65_HS1-834228961_62-HQ-83894_Section_8
Agency: FBI
Page 13
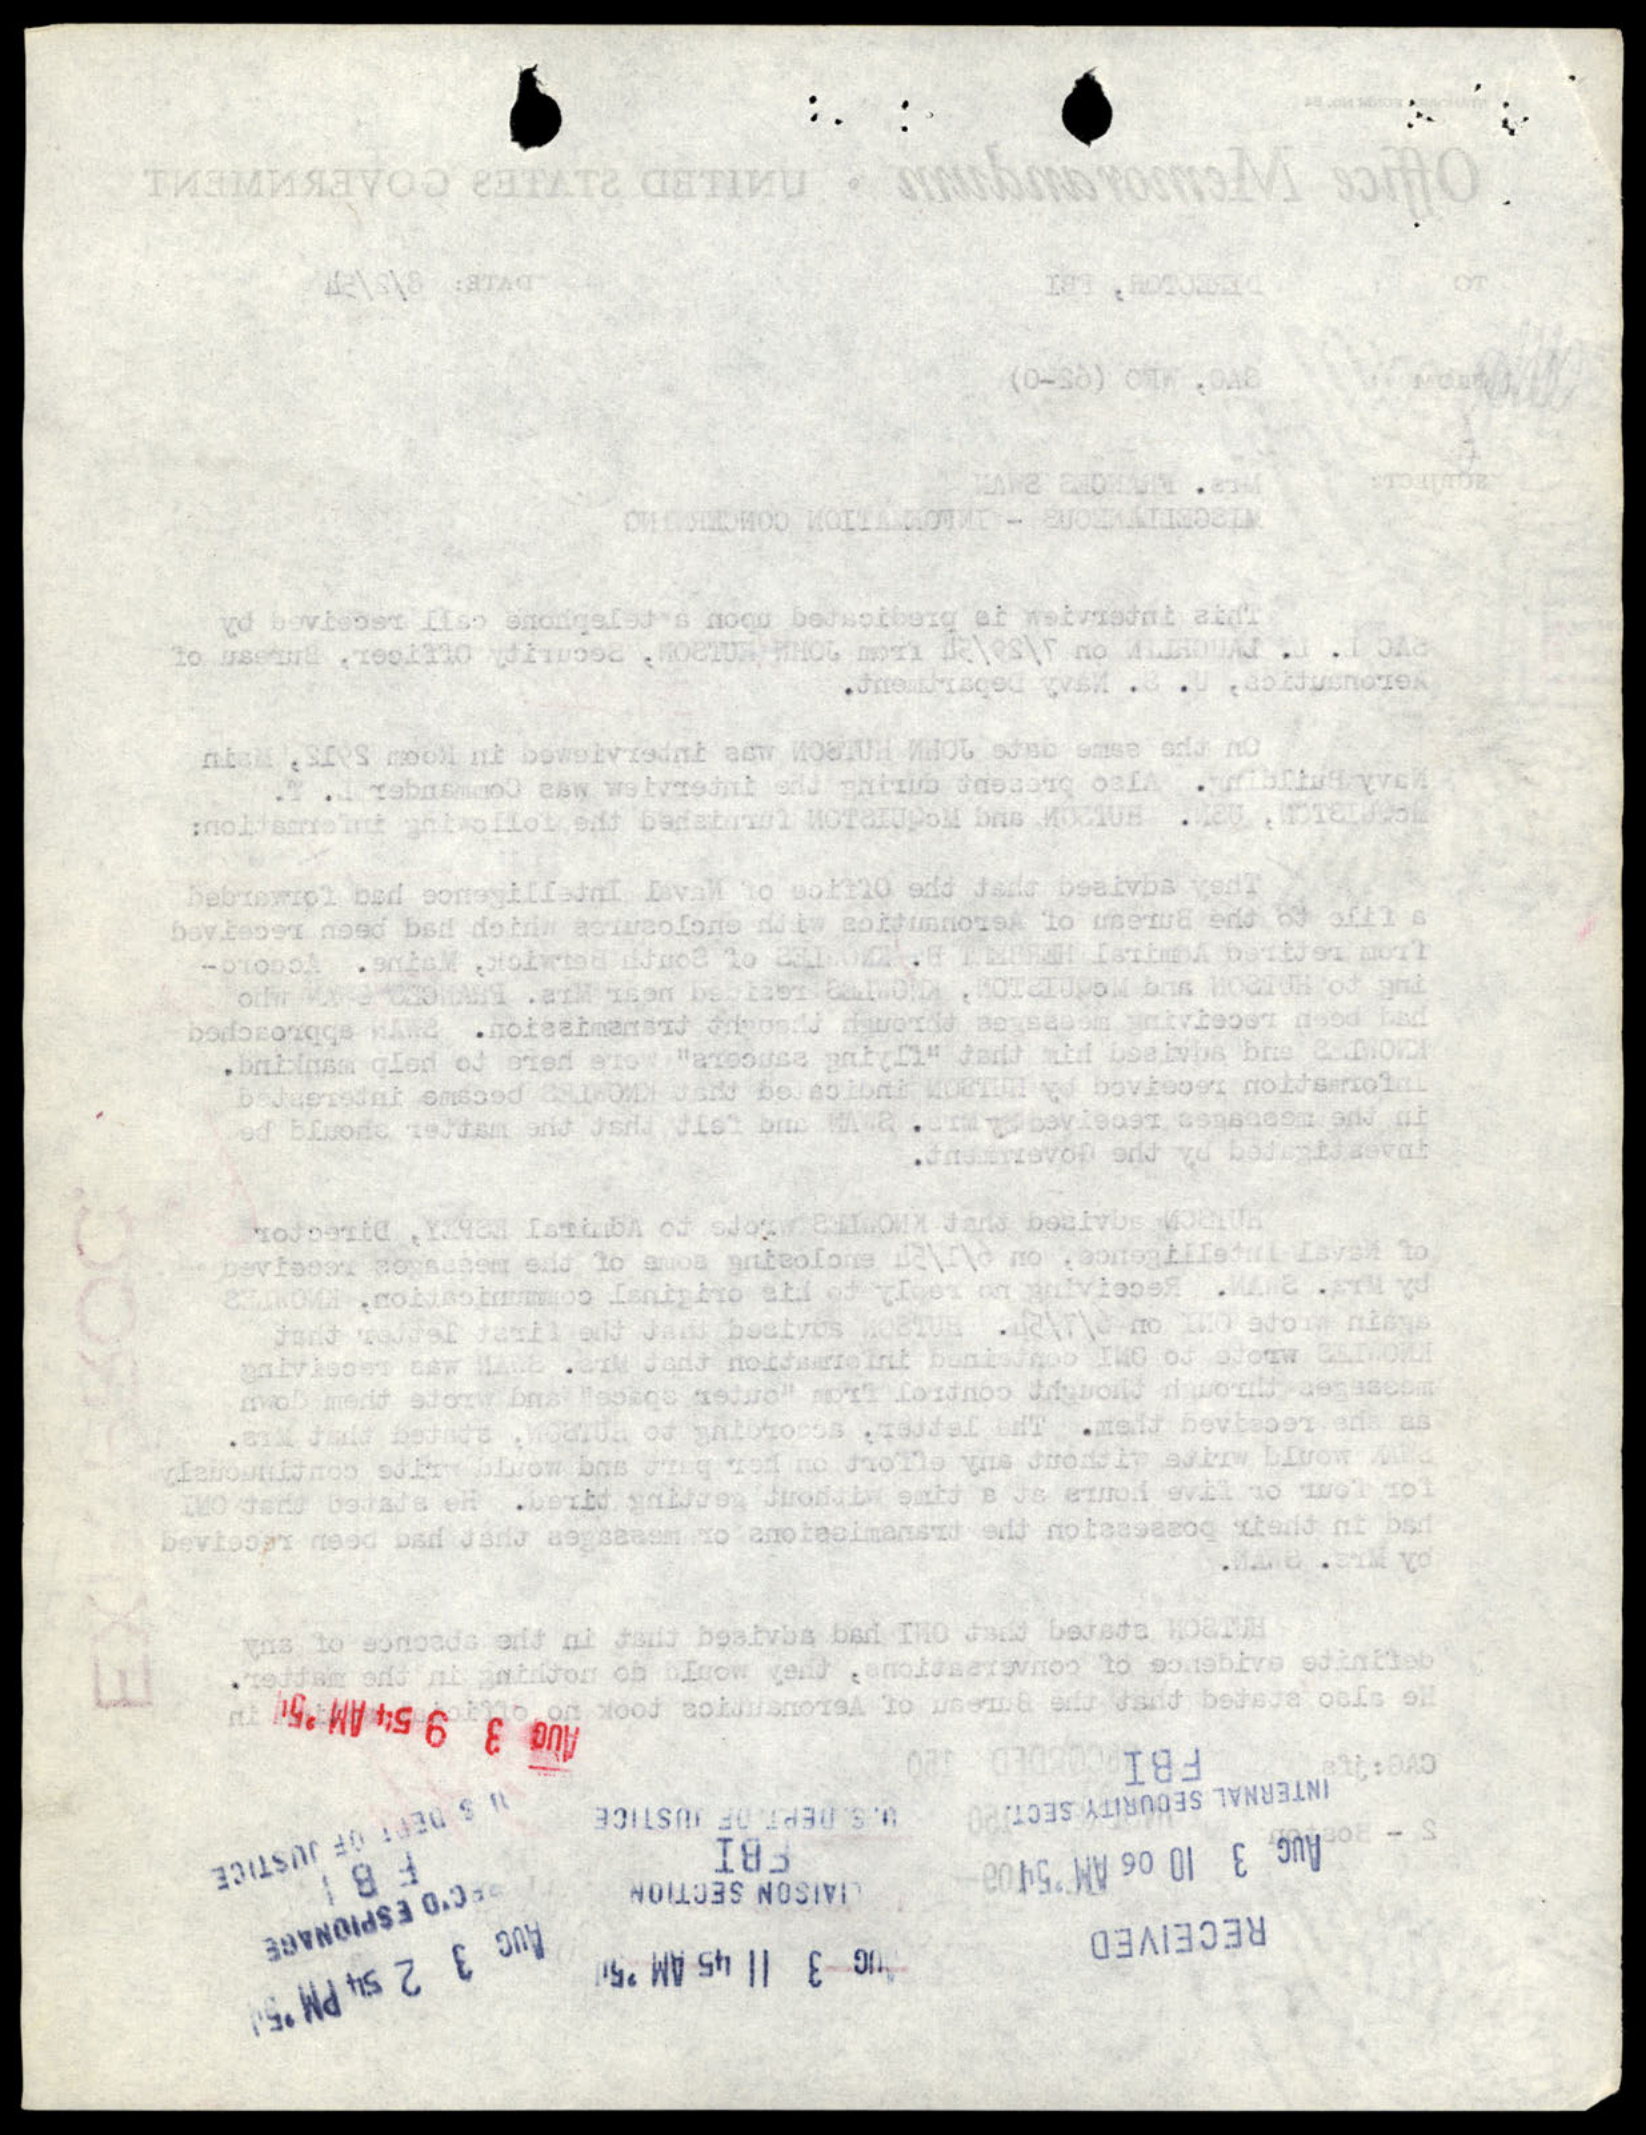